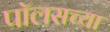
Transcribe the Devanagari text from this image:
पॉलसच्या